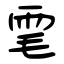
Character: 雮